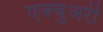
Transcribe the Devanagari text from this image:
एक्चुअरी